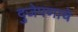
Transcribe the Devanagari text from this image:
दुजेपणाचे